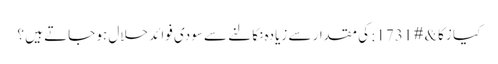
کیا زکا&#1731; کی مقدار سے زیادہ نکالنے سے سودی فوائد حلال ہو جاتے ہیں ؟